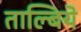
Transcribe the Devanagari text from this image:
ताल्बिये